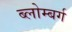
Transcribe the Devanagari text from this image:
ब्लोम्बर्ग